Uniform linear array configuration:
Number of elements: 8
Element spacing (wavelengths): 0.5
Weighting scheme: exponential
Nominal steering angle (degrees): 15
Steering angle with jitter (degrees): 13.32
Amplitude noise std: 0.05
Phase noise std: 0.05

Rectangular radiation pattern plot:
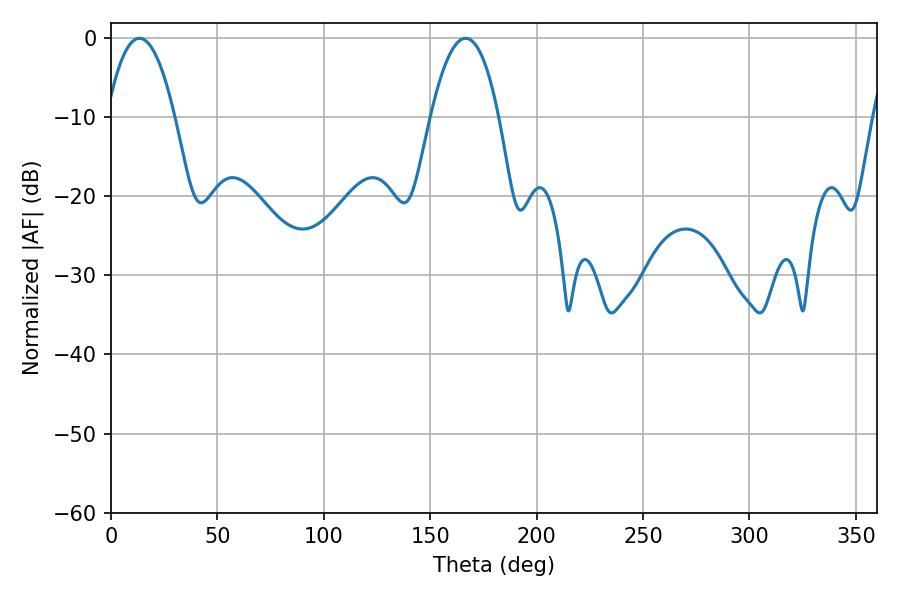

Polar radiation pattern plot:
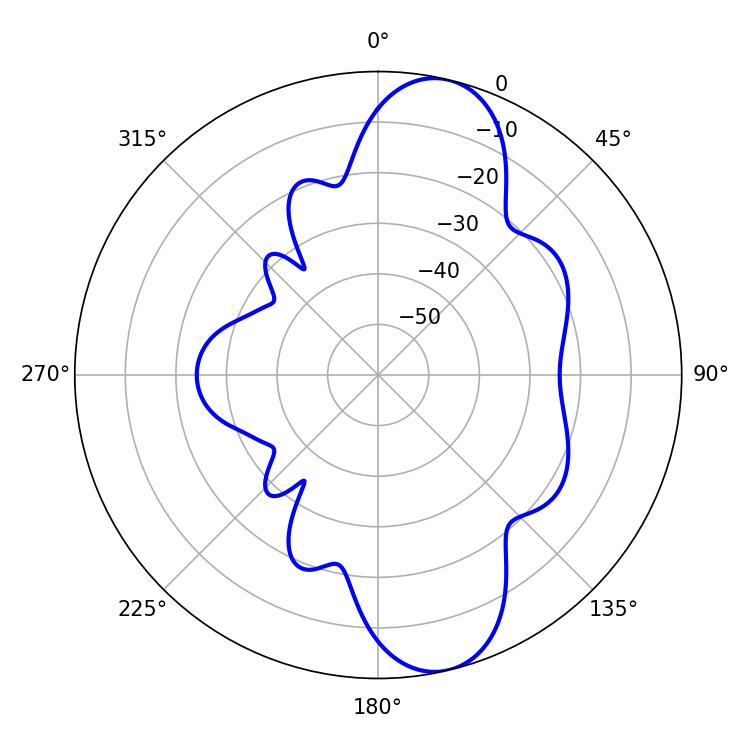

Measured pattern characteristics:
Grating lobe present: FALSE
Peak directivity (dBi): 10.795
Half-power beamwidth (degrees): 17.64
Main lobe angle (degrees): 13.32